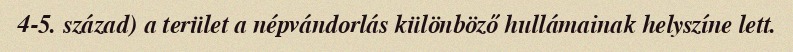
4-5. század) a terület a népvándorlás különböző hullámainak helyszíne lett.